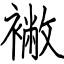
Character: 襒